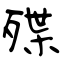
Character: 殜